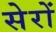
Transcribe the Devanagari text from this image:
सेरों